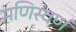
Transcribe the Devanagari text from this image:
मणिस्वर्ण